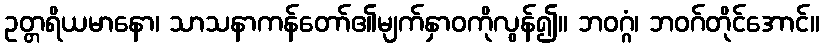
ဥတ္တရိယမာနော၊ သာသနာကန်တော်၏မျက်နှာဝကိုလွန်၍။ ဘဝဂ္ဂံ၊ ဘဝဂ်တိုင်အောင်။